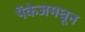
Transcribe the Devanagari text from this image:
पॅकेजमधून